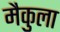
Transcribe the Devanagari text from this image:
मैकुला